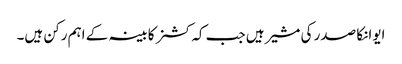
ایوانکا صدر کی مشیر ہیں جب کہ کشنر کابینہ کے اہم رکن ہیں۔